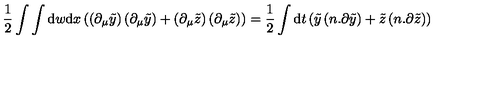
\frac { 1 } { 2 } \int \int \mathrm { d } w \mathrm { d } x \left( \left( \partial _ { \mu } \tilde { y } \right) \left( \partial _ { \mu } \tilde { y } \right) + \left( \partial _ { \mu } \tilde { z } \right) \left( \partial _ { \mu } \tilde { z } \right) \right) = \frac { 1 } { 2 } \int \mathrm { d } t \left( \tilde { y } \left( n . \partial \tilde { y } \right) + \tilde { z } \left( n . \partial \tilde { z } \right) \right)